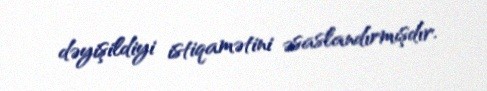
dəyişildiyi istiqamətini əsaslandırmışdır.